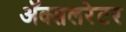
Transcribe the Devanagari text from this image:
ॲक्सलरेटर